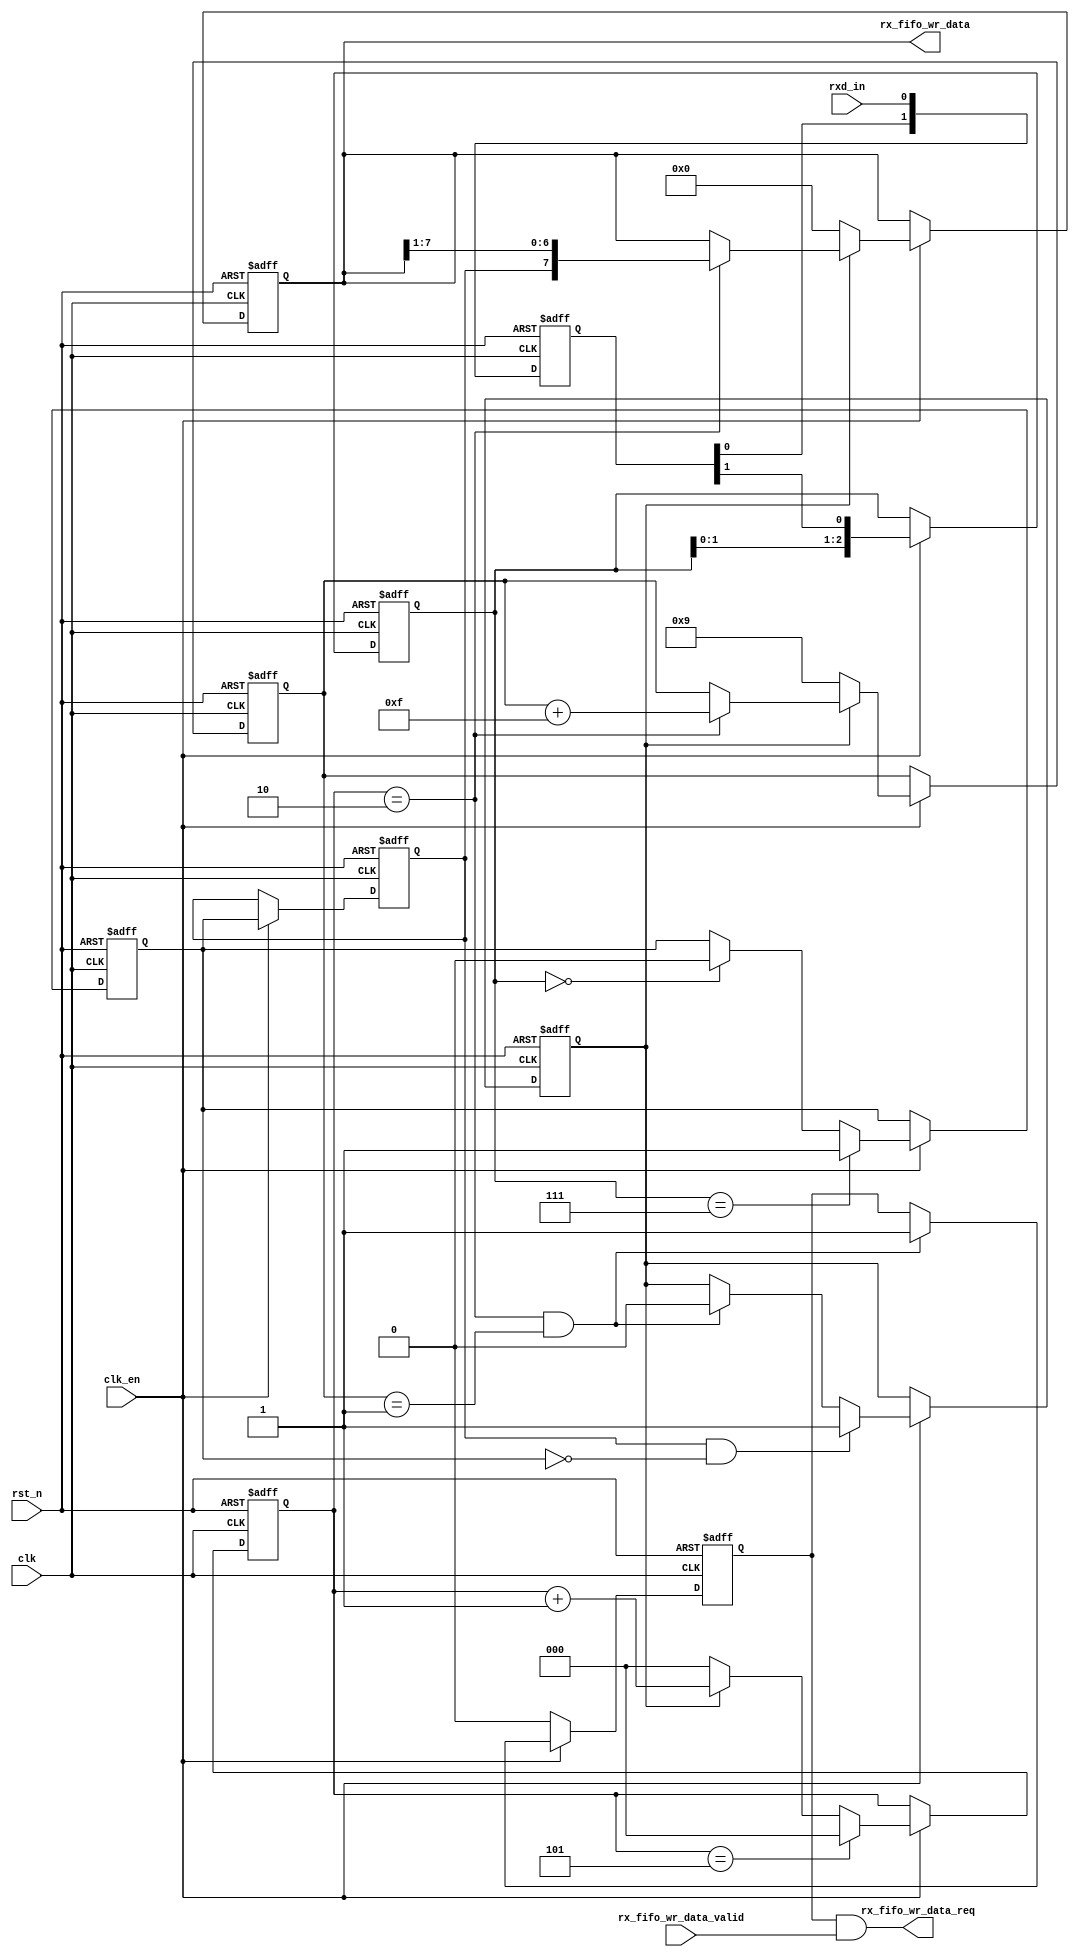
// This program was cloned from: https://github.com/flytt-away/FPGA-Video-Capture
// License: MIT License


//////////////////////////////////////////////////////////////////////////////
//
// Copyright (c) 2020 PANGO MICROSYSTEMS, INC
// ALL RIGHTS REVERVED.
//
// THE SOURCE CODE CONTAINED HEREIN IS PROPRIETARY TO PANGO MICROSYSTEMS, INC.
// IT SHALL NOT BE REPRODUCED OR DISCLOSED IN WHOLE OR IN PART OR USED BY
// PARTIES WITHOUT WRITTEN AUTHORIZATION FROM THE OWNER.
//
//////////////////////////////////////////////////////////////////////////////

`timescale 1ns/1ps

module ipsxb_seu_uart_rx(
    input              clk                     ,
    input              rst_n                   ,
    input              clk_en                  ,

    output reg  [7:0]  rx_fifo_wr_data         ,
    input              rx_fifo_wr_data_valid   ,
    output wire        rx_fifo_wr_data_req     ,

    input              rxd_in
);

reg  [1:0]   rxd_d               ;
reg  [2:0]   rxd_tmp             ;
reg          rxd_r1              ;
reg          rxd_r2              ;
wire         rxd                 ;
wire         rxd_neg             ;
reg          in_cyc              ;
reg  [3:0]   rx_cnt              ;
reg  [2:0]   cnt                 ;
wire         rx_over             ;
wire         rx_sample           ;
reg          rx_req              ;

always @(posedge clk or negedge rst_n)
begin
    if(~rst_n)
        rxd_d <= 2'b11;
    else
        rxd_d <= {rxd_d[0],rxd_in};
end

always @(posedge clk or negedge rst_n)
begin
    if(~rst_n)
        rxd_tmp <= 3'b111;
    else if(clk_en)
        rxd_tmp <= {rxd_tmp[1:0],rxd_d[1]};
    else;
end

always @(posedge clk or negedge rst_n)
begin
    if(~rst_n)
        rxd_r1 <= 1'b1;
    else if(clk_en)
    begin
        if(rxd_tmp == 3'b111)
            rxd_r1 <= 1'b1;
        else if(rxd_tmp == 3'b000)
            rxd_r1 <= 1'b0;
        else;
    end
end

always @(posedge clk or negedge rst_n)
begin
    if(~rst_n)
        rxd_r2 <= 1'b1;
    else if(clk_en)
        rxd_r2 <= rxd_r1;
end

assign rxd = rxd_r2;
assign rxd_neg = rxd_r2 & ~rxd_r1;

always @(posedge clk or negedge rst_n)
begin
    if(~rst_n)
        in_cyc <= 1'b0;
    else if(clk_en)
    begin
        if(rxd_neg)
            in_cyc <= 1'b1;
        else if(rx_over && rx_sample)
            in_cyc <= 1'b0;
    end
end

assign cnt_down  = cnt == 3'd5;
assign rx_sample = cnt == 3'd2;

always @(posedge clk or negedge rst_n)
begin
    if(~rst_n)
        cnt <= 3'b0;
    else if(clk_en)
    begin
        if(cnt_down)
            cnt <= 3'b0;
        else if(~in_cyc)
            cnt <= 3'b0;
        else
            cnt <= cnt + 3'b1;
    end
end

always @(posedge clk or negedge rst_n)
begin
    if(~rst_n)
    begin
        rx_fifo_wr_data <= 8'b0;
        rx_cnt <= 4'd9;
    end
    else if(clk_en)
    begin
        if(~in_cyc)
        begin
            rx_fifo_wr_data <= 8'b0;
            rx_cnt <= 4'd9;
        end
        else if(rx_sample)
        begin
            rx_fifo_wr_data <= {rxd,rx_fifo_wr_data[7:1]};
            rx_cnt <= rx_cnt + 4'hf; // rx_cnt = rx_cnt - 1;
        end
    end
end

assign rx_over = rx_cnt == 4'd1;

always @(posedge clk or negedge rst_n)
begin
    if(~rst_n)
        rx_req <= 1'b0;
    else if(clk_en)
    begin
        if(rx_sample && rx_over)
            rx_req <= 1'b1;
    end
    else
        rx_req <= 1'b0;
end

assign rx_fifo_wr_data_req = rx_req && rx_fifo_wr_data_valid;

endmodule